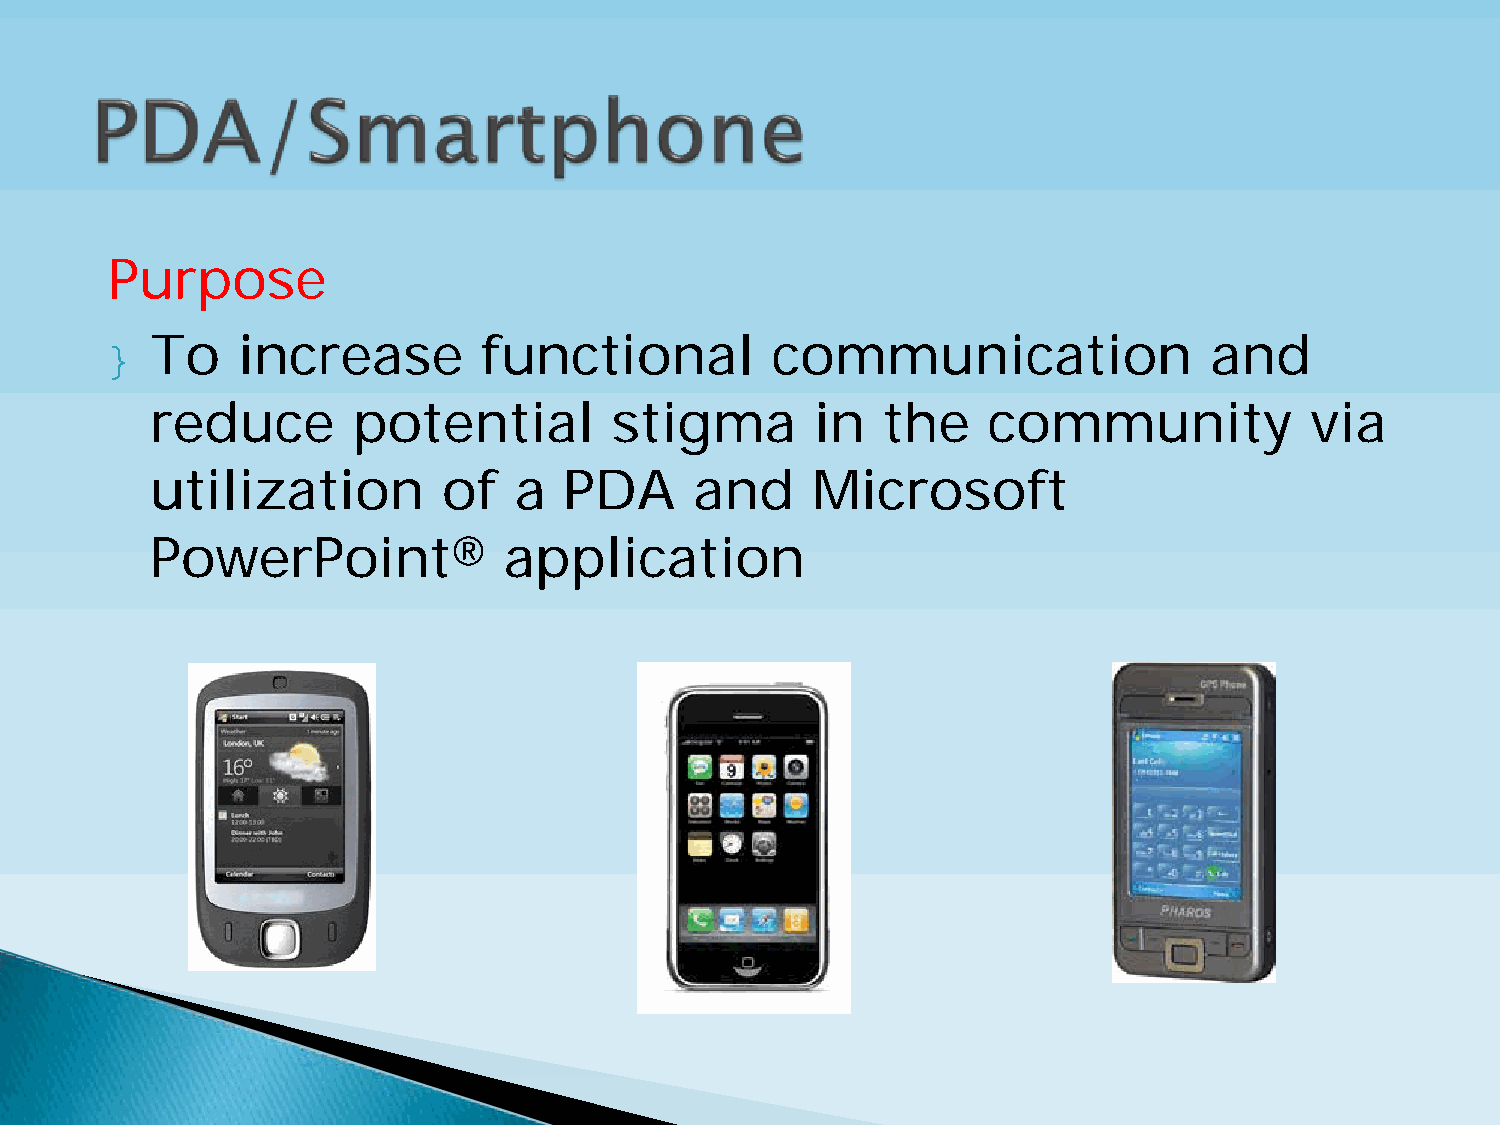
Purpose
 }  To    increase        functional         communication                and
 reduce       potential        stigma        in  the    community             via
 utilization        of   a  PDA      and     Microsoft
 PowerPoint®            application